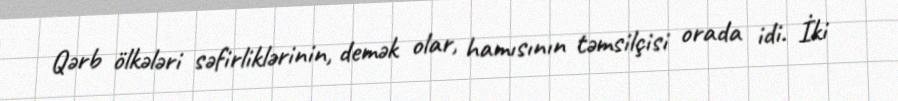
Qərb ölkələri səfirliklərinin, demək olar, hamısının təmsilçisi orada idi. İki